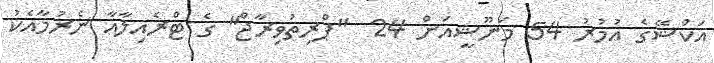
އަކްޝޭގެ އުމުރު 54 މަނޫޝީއަށް 24  "ޕްރިތުވިރާޖް" ގެ ޓްރެއިލާއާ ނެރުމާއެކު